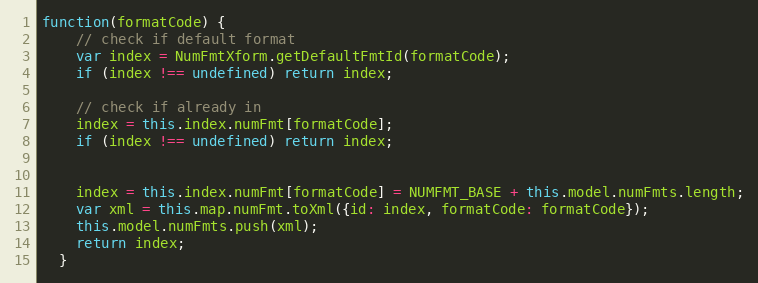
Language: JavaScript
function(formatCode) {
    // check if default format
    var index = NumFmtXform.getDefaultFmtId(formatCode);
    if (index !== undefined) return index;

    // check if already in
    index = this.index.numFmt[formatCode];
    if (index !== undefined) return index;

    index = this.index.numFmt[formatCode] = NUMFMT_BASE + this.model.numFmts.length;
    var xml = this.map.numFmt.toXml({id: index, formatCode: formatCode});
    this.model.numFmts.push(xml);
    return index;
  }